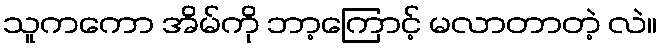
သူကကော အိမ်ကို ဘာ့ကြောင့် မလာတာတဲ့ လဲ။